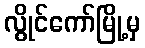
လွိုင်ကော်မြို့မှ